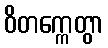
ဝိတက္ကေတွာ